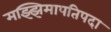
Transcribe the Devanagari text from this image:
मझ्झिमापतिपदा